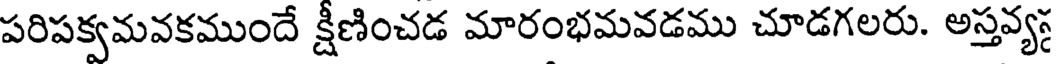
పరిపక్వమవకముందే క్షీణించడ మారంభమవడము చూడగలరు. అస్తవ్య